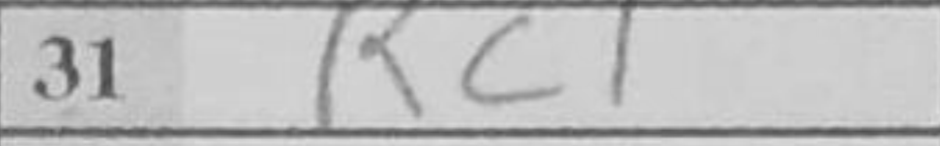
Transcription: Rc1